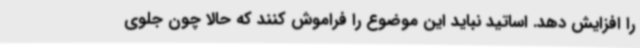
را افزایش دهد. اساتید نباید این موضوع را فراموش کنند که حالا چون جلوی